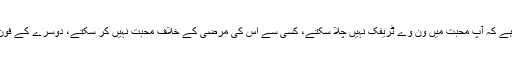
کنٹریکٹ کی مثال دینے کا مقصد صرف یہ سمجھانا ہے کہ آپ محبت میں ون وے ٹریفک نہیں چلا سکتے، کسی سے اس کی مرضی کے خلاف محبت نہیں کر سکتے، دوسرے کے فون بند ہونے یا بند کرنے پر کال مکمل نہیں کر سکتے۔